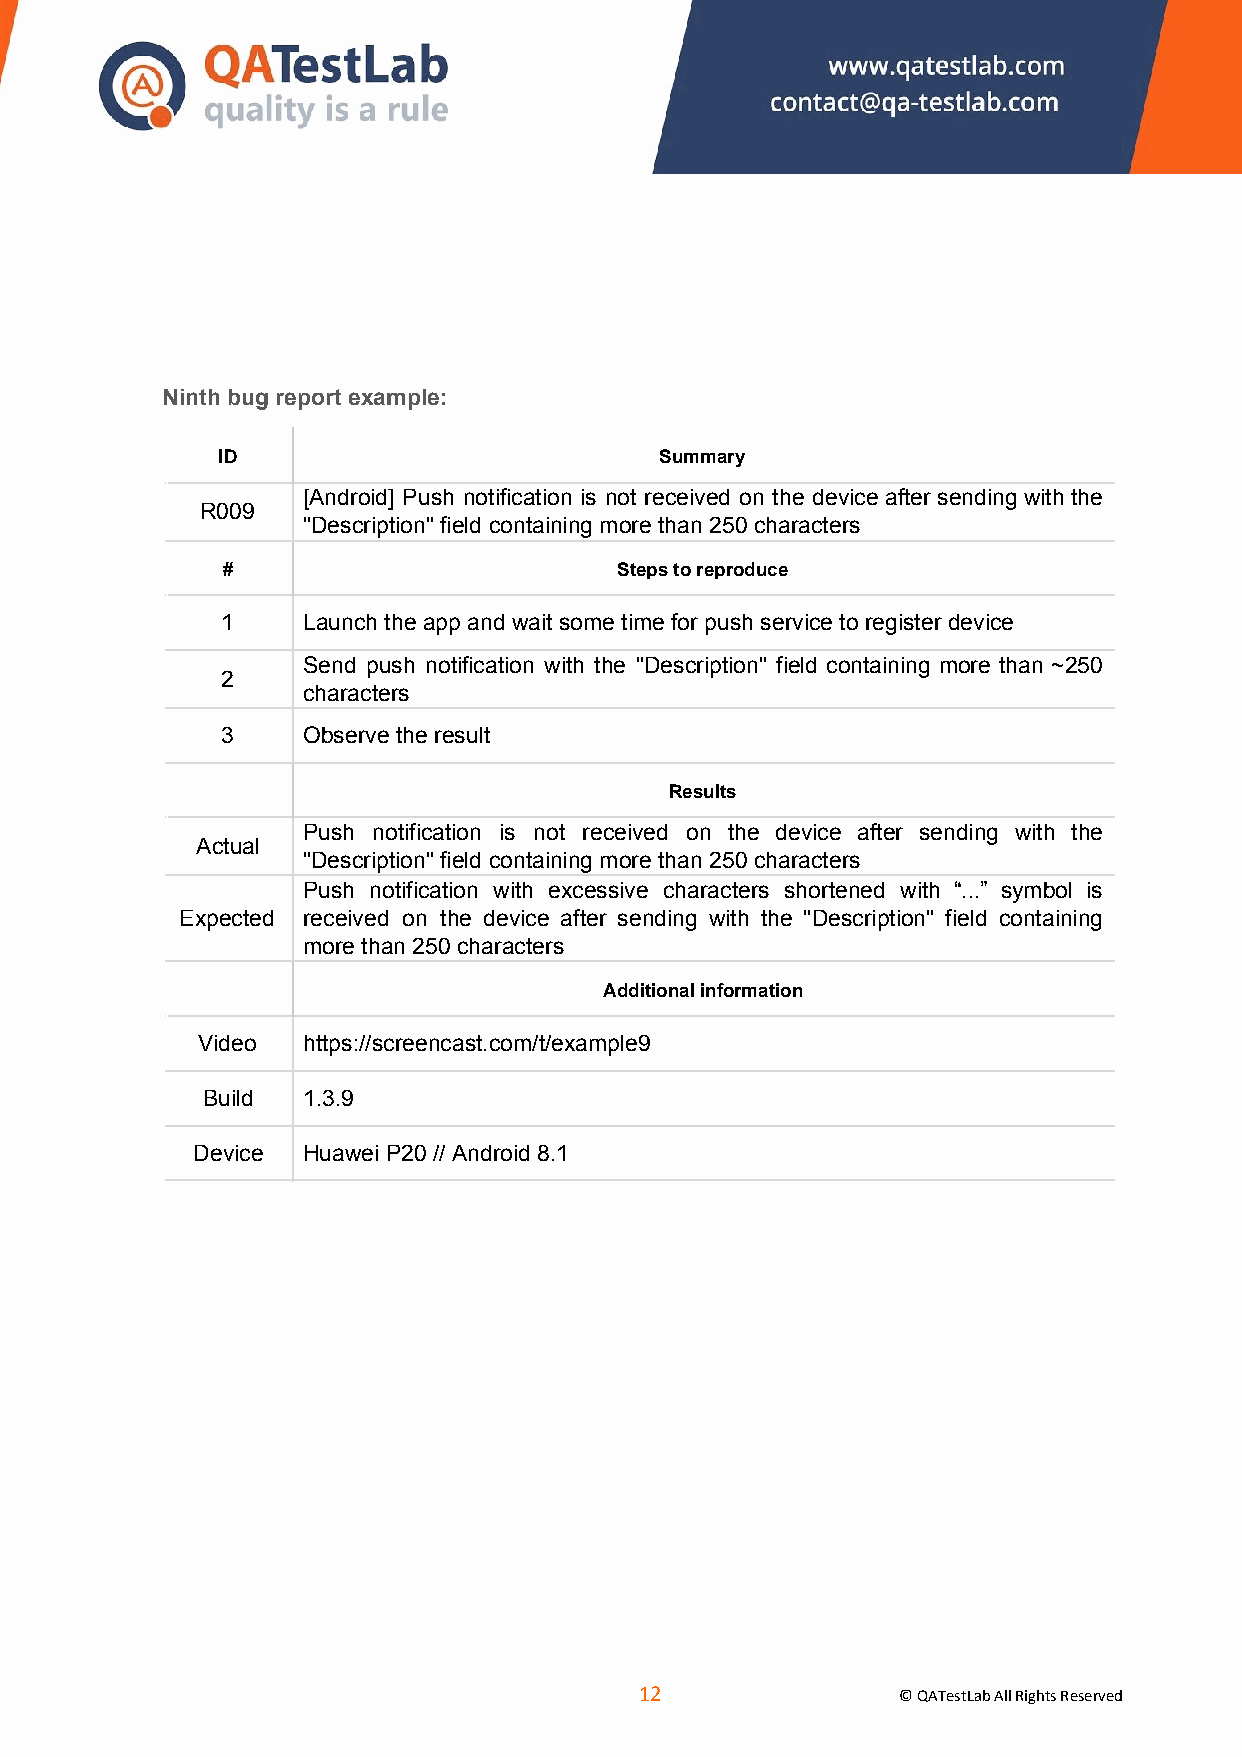
Ninth bug report example:
 ID                            Summary
 [Android] Push notification is not received on the device after sending with the
 R009
 "Description" field containing more than 250 characters
 #                         Steps to reproduce
 1    Launch the app and wait some time for push service to register device
 Send push notification with the "Description" field containing more than ~250
 2
 characters
 3    Observe the result
 Results
 Push notification is not received on the device after sending with the
 Actual
 "Description" field containing more than 250 characters
 Push notification with excessive characters shortened with “...” symbol is
 Expected received on the device after sending with the "Description" field containing
 more than 250 characters
 Additional information
 Video  https://screencast.com/t/example9
 Build  1.3.9
 Device Huawei P20 // Android 8.1
 ​12​
 © QATestLab All Rights Reserved